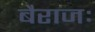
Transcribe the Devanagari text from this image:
बैराजः